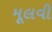
મૂલવી